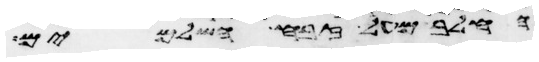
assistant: החלב מעל זבח השלמים